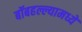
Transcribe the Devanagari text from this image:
बॉबहल्ल्यामध्ये